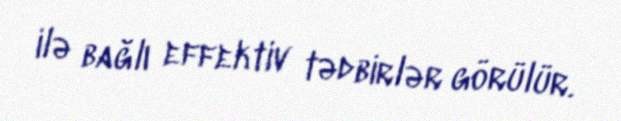
ilə bağlı effektiv tədbirlər görülür.